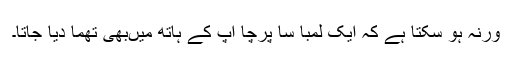
ورنہ ہو سکتا ہے کہ ایک لمبا سا پرچا آپ کے ہاتھ میںبھی تھما دیا جاتا۔